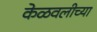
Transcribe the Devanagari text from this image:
केळवलीच्या